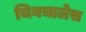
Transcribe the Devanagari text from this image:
चिनचालेस